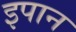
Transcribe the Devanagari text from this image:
इपान